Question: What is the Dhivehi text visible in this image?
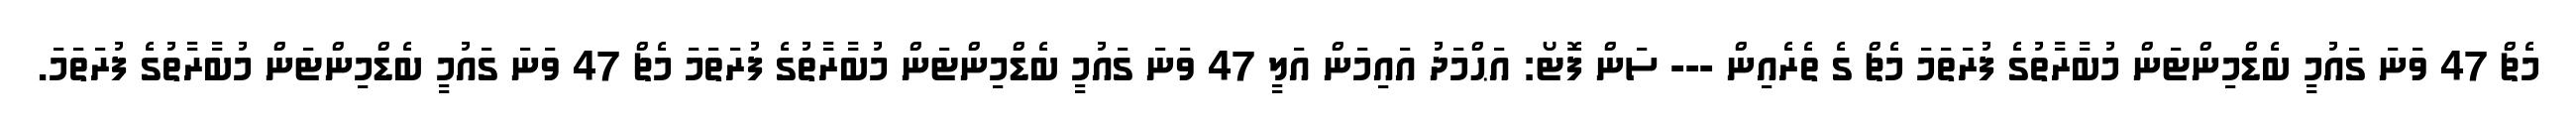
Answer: މެޗް 47 ވަނަ ގައުމީ ބެޑްމިންޓަން މުބާރާތުގެ ފުރަތަމަ މެޗް ގެ ތެރެއިން --- ސަން ފޮޓޯ: އަޙްމަދު އައިމަން އަލީ 47 ވަނަ ގައުމީ ބެޑްމިންޓަން މުބާރާތުގެ ފުރަތަމަ މެޗް 47 ވަނަ ގައުމީ ބެޑްމިންޓަން މުބާރާތުގެ ފުރަތަމަ.